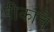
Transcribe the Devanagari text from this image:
पीकाचे